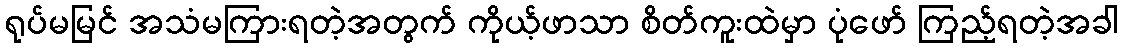
ရုပ်မမြင် အသံမကြားရတဲ့အတွက် ကိုယ့်ဖာသာ စိတ်ကူးထဲမှာ ပုံဖော် ကြည့်ရတဲ့အခါ